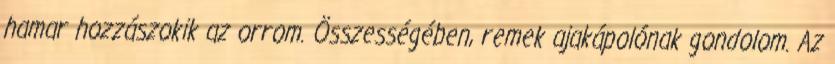
hamar hozzászokik az orrom. Összességében, remek ajakápolónak gondolom. Az